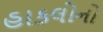
હાકલોનો